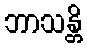
ဘာသန္တိ